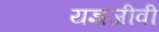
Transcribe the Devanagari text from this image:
यज्ञजीवी